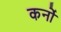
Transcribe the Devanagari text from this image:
कर्नो